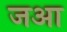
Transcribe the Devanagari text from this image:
जआ